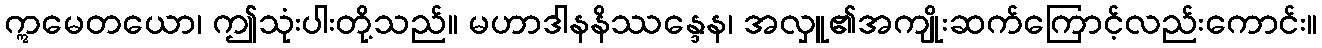
ဣမေတယော၊ ဤသုံးပါးတို့သည်။ မဟာဒါနနိဿန္ဒေန၊ အလှူ၏အကျိုးဆက်ကြောင့်လည်းကောင်း။